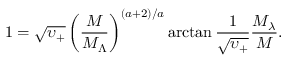
1 = \sqrt { \upsilon _ { + } } \left( \frac { M } { M _ { \Lambda } } \right) ^ { ( a + 2 ) / a } \arctan \frac { 1 } { \sqrt { \upsilon _ { + } } } \frac { M _ { \lambda } } { M } .